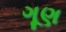
ગૂણ